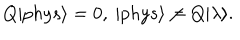
Q | p h y s \rangle = 0 , ~ | p h y s \rangle \ne Q | \lambda \rangle .